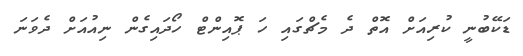
ޑަކޭބުނީ ކުރިއަށް އޮތް ދެ މެޗްގައި ހަ ޕޮއިންޓް ހޯދައިގެން ނިއުއަށް ދެވަނަ